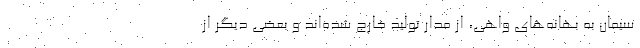
سیمان به بهانه‌های واهی، از مدار تولید خارج شده‌اند و بعضی دیگر از